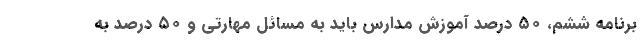
برنامه ششم، ۵۰ درصد آموزش مدارس باید به مسائل مهارتی و ۵۰ درصد به